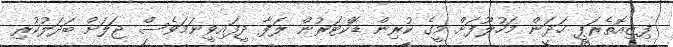
ފިޒިއޮތެރަޕީ ހަދަން މަހުލޫފަށް މީގެ ކުރިން ޑޮކްޓަރުން ލަފާ ދީފައިވީނަމަވެސް ޖަލަށް ބަދަލުކުރި